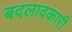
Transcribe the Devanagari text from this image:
बदलावकारी